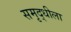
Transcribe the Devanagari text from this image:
समृद्धीला